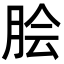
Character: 脍